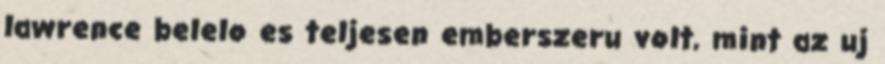
lawrence belelo es teljesen emberszeru volt, mint az uj